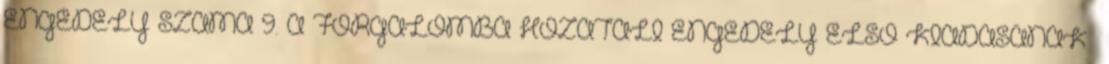
ENGEDÉLY SZÁMA 9. A FORGALOMBA HOZATALI ENGEDÉLY ELSŐ KIADÁSÁNAK